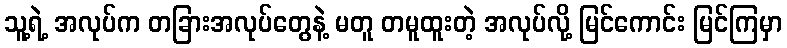
သူ့ရဲ့ အလုပ်က တခြားအလုပ်တွေနဲ့ မတူ တမူထူးတဲ့ အလုပ်လို့ မြင်ကောင်း မြင်ကြမှာ